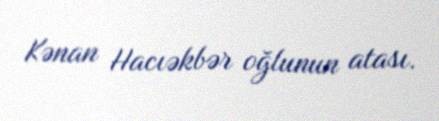
Kənan Hacıəkbər oğlunun atası.